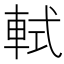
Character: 軾